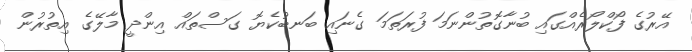
އޭރުގެ ފޯކްލޯރެއްގައި ބުނާގޮތުންނަމަ ފުރަތަމަ ގެނައި ބަނބުކެޔޮ ގަސްތައް އިންދީ މާލޭގެ އިތުރުން